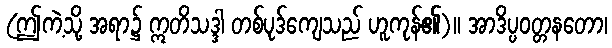
(ဤကဲ့သို့ အရာ၌ ဣတိသဒ္ဒါ တစ်ပုဒ်ကျေသည် ဟူကုန်၏)။ အာဒိပ္ပဝတ္တနတော၊